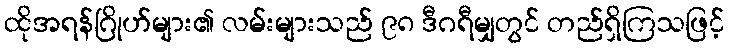
ထိုအရန်ဂြိုဟ်များ၏ လမ်းများသည် ၉၈ ဒီဂရီမျှတွင် တည်ရှိကြသဖြင့်